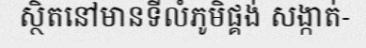
ស្ថិតនៅមានទីលំភូមិផ្គង់ សង្កាត់-